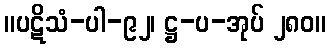
။ပဋိသံ-ပါ-၉၂၊ ဋ္ဌ-ပ-အုပ် ၂၈၀။